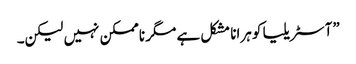
”آسٹریلیا کو ہرانا مشکل ہے مگر ناممکن نہیں لیکن۔